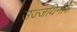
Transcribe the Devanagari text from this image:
उज्जयिनीस